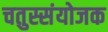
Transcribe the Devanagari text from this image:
चतुस्संयोजक